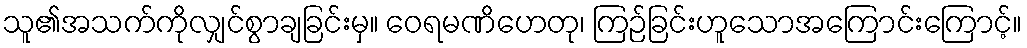
သူ၏အသက်ကိုလျှင်စွာချခြင်းမှ။ ဝေရမဏိဟေတု၊ ကြဉ်ခြင်းဟူသောအကြောင်းကြောင့်။